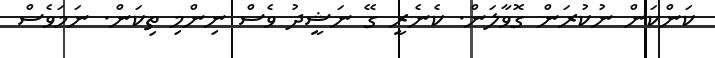
ކަންކަން ނުކުރަން ގޮވާލަން. ކެނެރީ ގޭ ނަޝީދު ވެސް ނިންމި ތިކަން. ނަމަވެސް